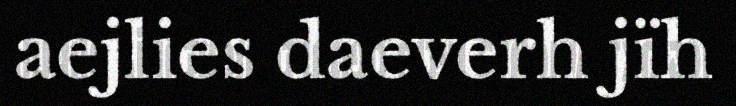
aejlies daeverh jïh